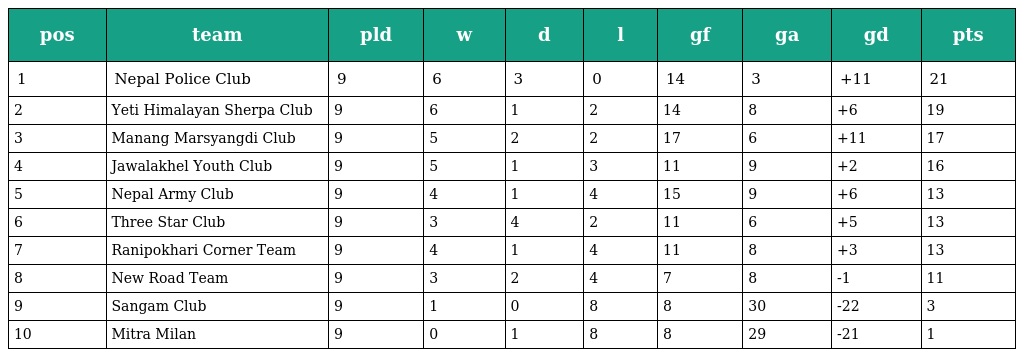
| pos | team | pld | w | d | l | gf | ga | gd | pts |
 | --- | --- | --- | --- | --- | --- | --- | --- | --- | --- |
 | 1 | Nepal Police Club | 9 | 6 | 3 | 0 | 14 | 3 | +11 | 21 |
 | 2 | Yeti Himalayan Sherpa Club | 9 | 6 | 1 | 2 | 14 | 8 | +6 | 19 |
 | 3 | Manang Marsyangdi Club | 9 | 5 | 2 | 2 | 17 | 6 | +11 | 17 |
 | 4 | Jawalakhel Youth Club | 9 | 5 | 1 | 3 | 11 | 9 | +2 | 16 |
 | 5 | Nepal Army Club | 9 | 4 | 1 | 4 | 15 | 9 | +6 | 13 |
 | 6 | Three Star Club | 9 | 3 | 4 | 2 | 11 | 6 | +5 | 13 |
 | 7 | Ranipokhari Corner Team | 9 | 4 | 1 | 4 | 11 | 8 | +3 | 13 |
 | 8 | New Road Team | 9 | 3 | 2 | 4 | 7 | 8 | -1 | 11 |
 | 9 | Sangam Club | 9 | 1 | 0 | 8 | 8 | 30 | -22 | 3 |
 | 10 | Mitra Milan | 9 | 0 | 1 | 8 | 8 | 29 | -21 | 1 |